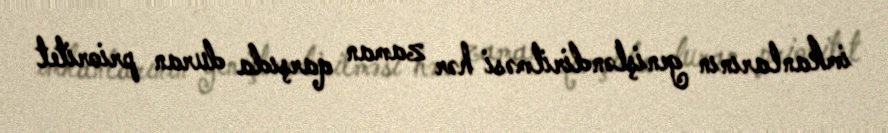
imkanlarının genişləndirilməsi hər zaman qarşıda duran prioritet